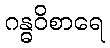
ဂန္ဓဝိစာရေ